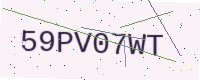
Text: 59PV07WT